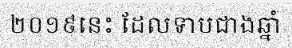
២០១៩នេះ ដែលទាបជាងឆ្នាំ